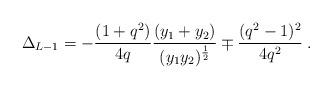
LaTeX: \begin{align*}\Delta_{L-1} = - \frac{(1+q^2)}{4 q} \frac{(y_1 + y_2)}{(y_1 y_2)^{\frac{1}{2}}} \mp \frac{(q^2 - 1)^2}{4 q^2} \; .\end{align*}